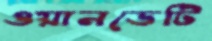
ওয়ানডেটি